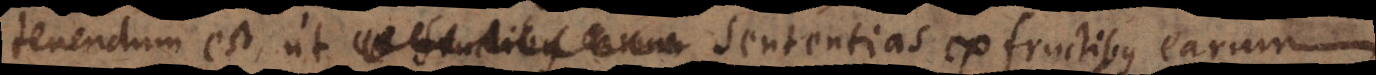
tenendum est, ut sententias ex fructibus earum